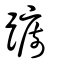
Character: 蹰